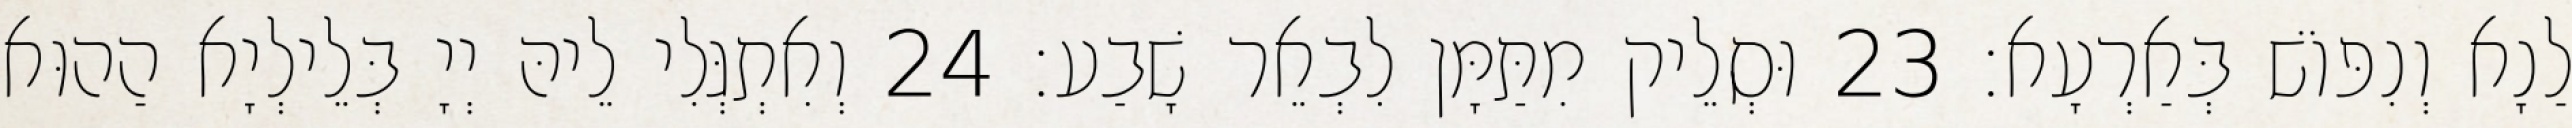
לַנָא וְנִפּוֹשׁ בְּאַרְעָא׃ 23 וּסְלֵיק מִתַּמָּן לִבְאֵר שָׁבַע׃ 24 וְאִתְגְּלִי לֵיהּ יְיָ בְּלֵילְיָא הַהוּא